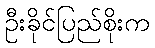
ဦးခိုင်ပြည်စိုးက